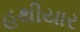
હથીયાર